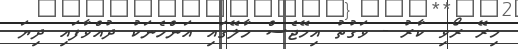
މިރޭ ރޯވި ކާރު - ވަގުތު އިމޭޖެސް މާލޭގައި އަންހެނަކު ދުއްވާފައި ދިޔަ